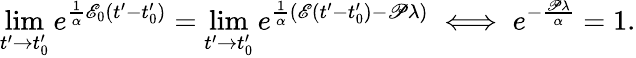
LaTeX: \operatorname*{lim}_{t^{\prime}\to t_{0}^{\prime}}e^{\frac{1}{\alpha}\mathscr{E}_{0}(t^{\prime}-t_{0}^{\prime})}=\operatorname*{lim}_{t^{\prime}\to t_{0}^{\prime}}e^{\frac{1}{\alpha}\left(\mathscr{E}(t^{\prime}-t_{0}^{\prime})-\mathscr{P}\lambda\right)}\iff e^{-\frac{\mathscr{P}\lambda}{\alpha}}=1.